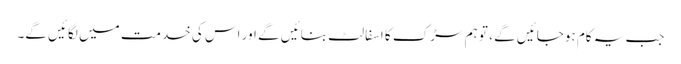
جب یہ کام ہوجائیں گے ، تو ہم سڑک کا اسفالٹ بنائیں گے اور اس کی خدمت میں لگائیں گے۔